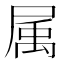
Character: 属